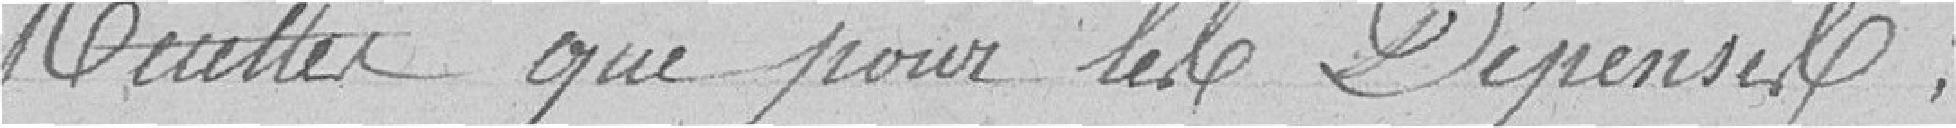
Recettes que pour les Dépenses ;